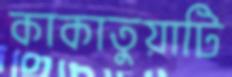
কাকাতুয়াটি